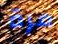
مرة